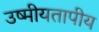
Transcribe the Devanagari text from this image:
उष्मीयतापीय